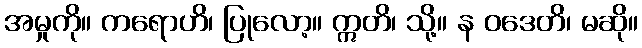
အမှုကို။ ကရောဟိ၊ ပြုလော့။ ဣတိ၊ သို့။ န ဝဒေတိ၊ မဆို။